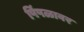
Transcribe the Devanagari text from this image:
पिंपळावर